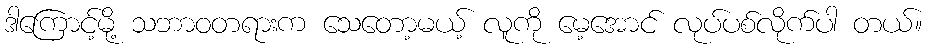
ဒါကြောင့်မို့ သဘာဝတရားက သေတော့မယ့် လူကို မေ့အောင် လုပ်ပစ်လိုက်ပါ တယ်။